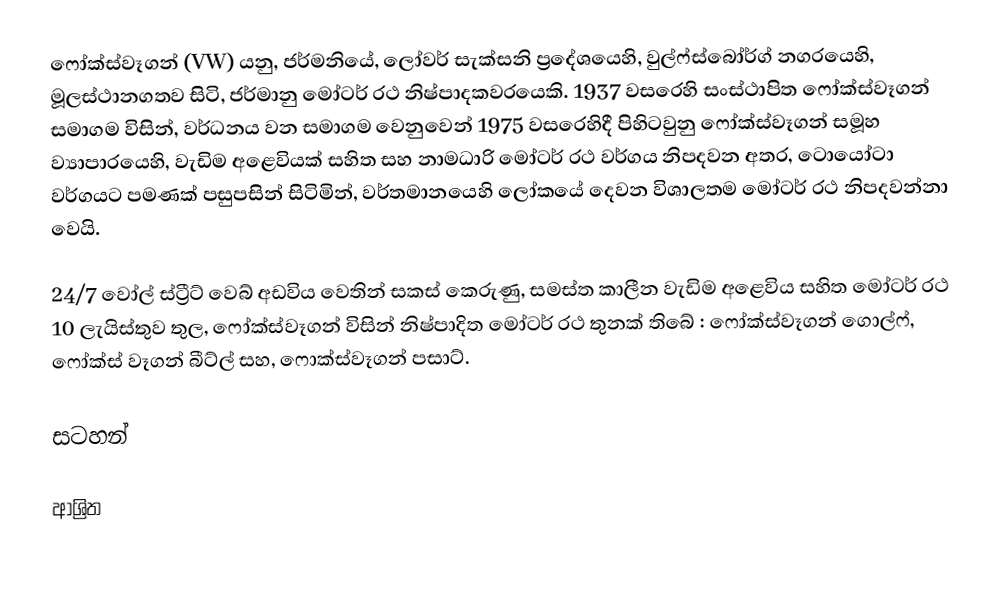
ෆෝක්ස්වෑගන් (VW) යනු, ජර්මනියේ, ලෝවර් සැක්සනි ප්‍රදේශයෙහි,  වුල්ෆ්ස්බෝර්ග් නගරයෙහි, මූලස්ථානගතව සිටි, ජර්මානු මෝටර් රථ නිෂ්පාදකවරයෙකි. 1937 වසරෙහි සංස්ථාපිත ෆෝක්ස්වෑගන් සමාගම විසින්, වර්ධනය වන සමාගම වෙනුවෙන් 1975 වසරෙහිදී පිහිටවුනු ෆෝක්ස්වෑගන් සමූහ ව්‍යාපාරයෙහි, වැඩිම අළෙවියක් සහිත සහ නාමධාරි මෝටර් රථ වර්ගය නිපදවන අතර,  ටොයෝටා වර්ගයට පමණක් පසුපසින් සිටිමින්, වර්තමානයෙහි ලෝකයේ දෙවන විශාලතම මෝටර් රථ නිපදවන්නා වෙයි.

24/7 වෝල් ස්ට්‍රීට් වෙබ් අඩවිය වෙතින් සකස් කෙරුණු, සමස්ත කාලීන වැඩිම අළෙවිය සහිත මෝටර් රථ 10 ලැයිස්තුව තුල, ෆෝක්ස්වෑගන් විසින් නිෂ්පාදිත මෝටර් රථ තුනක් තිබේ : ෆෝක්ස්වෑගන් ගොල්ෆ්, ෆෝක්ස් වෑගන් බීට්ල් සහ, ෆොක්ස්වෑගන් පසාට්.

සටහන්

ආශ්‍රිත